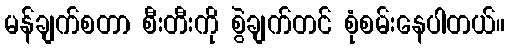
မန်ချက်စတာ စီးတီးကို စွဲချက်တင် စုံစမ်းနေပါတယ်။